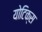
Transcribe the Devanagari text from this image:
योटिक्स